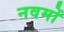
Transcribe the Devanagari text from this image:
नवमों